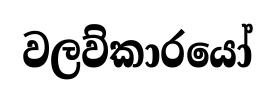
වලව්කාරයෝ